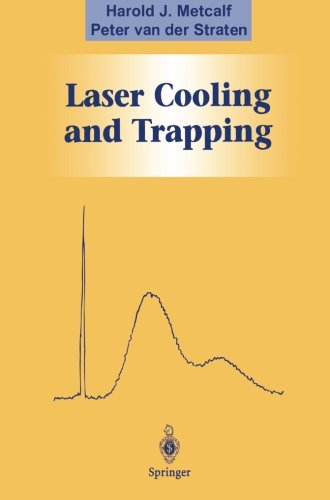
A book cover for Laser Cooling and Trapping (Graduate Texts in Contemporary Physics); Harold J. Metcalf; Science & Math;